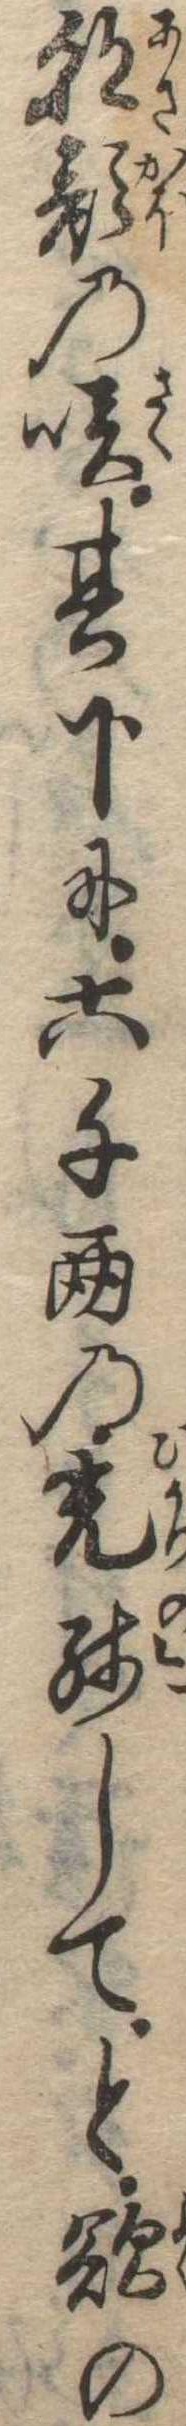
朝顔の咲其下に六千両の光残してと欲の